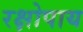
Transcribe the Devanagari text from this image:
रक्षोपाय